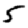
Digit: 5